Vaccination United Provinces of Agra and Oudh 1923-1928 - 1923-1928
Year: 1923
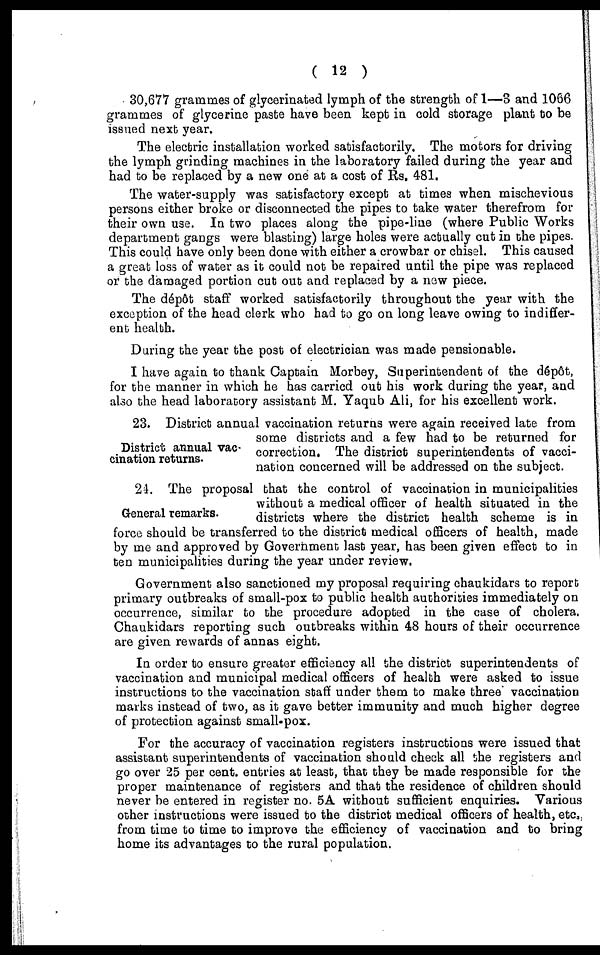
( 12 )
30,677 grammes of glycerinated lymph of the strength of 1—3 and 1066
grammes of glycerine paste have been kept in cold storage plant to be
issued next year.
The electric installation worked satisfactorily. The motors for driving
the lymph grinding machines in the laboratory failed during the year and
had to be replaced by a new one at a cost of Rs. 481.
The water-supply was satisfactory except at times when mischevious
persons either broke or disconnected the pipes to take water therefrom for
their own use. In two places along the pipe-line (where Public Works
department gangs were blasting) large holes were actually cut in the pipes.
This could have only been done with either a crowbar or chisel. This caused
a great loss of water as it could not be repaired until the pipe was replaced
or the damaged portion cut out and replaced by a new piece.
The dépôt staff worked satisfactorily throughout the year with the
exception of the head clerk who had to go on long leave owing to indiffer-
ent health.
During the year the post of electrician was made pensionable.
I have again to thank Captain Morbey, Superintendent of the dépôt,
for the manner in which he has carried out his work during the year, and
also the head laboratory assistant M. Yaqub Ali, for his excellent work.
District annual vac-
cination returns.
23. District annual vaccination returns were again received late from
some districts and a few had to be returned for
correction. The district superintendents of vacci-
nation concerned will be addressed on the subject.
General remarks.
24. The proposal that the control of vaccination in municipalities
without a medical officer of health situated in the
districts where the district health scheme is in
force should be transferred to the district medical officers of health, made
by me and approved by Government last year, has been given effect to in
ten municipalities during the year under review.
Government also sanctioned my proposal requiring chaukidars to report
primary outbreaks of small-pox to public health authorities immediately on
occurrence, similar to the procedure adopted in the case of cholera.
Chaukidars reporting such outbreaks within 48 hours of their occurrence
are given rewards of annas eight.
In order to ensure greater efficiency all the district superintendents of
vaccination and municipal medical officers of health were asked to issue
instructions to the vaccination staff under them to make three vaccination
marks instead of two, as it gave better immunity and much higher degree
of protection against small-pox.
For the accuracy of vaccination registers instructions were issued that
assistant superintendents of vaccination should check all the registers and
go over 25 per cent. entries at least, that they be made responsible for the
proper maintenance of registers and that the residence of children should
never be entered in register no. 5A without sufficient enquiries. Various
other instructions were issued to the district medical officers of health, etc.
from time to time to improve the efficiency of vaccination and to bring
home its advantages to the rural population.